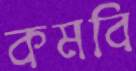
কমবি